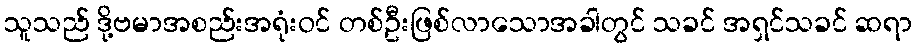
သူသည် ဒို့ဗမာအစည်းအရုံးဝင် တစ်ဦးဖြစ်လာသောအခါတွင် သခင် အရှင်သခင် ဆရာ